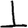
Digit: 1